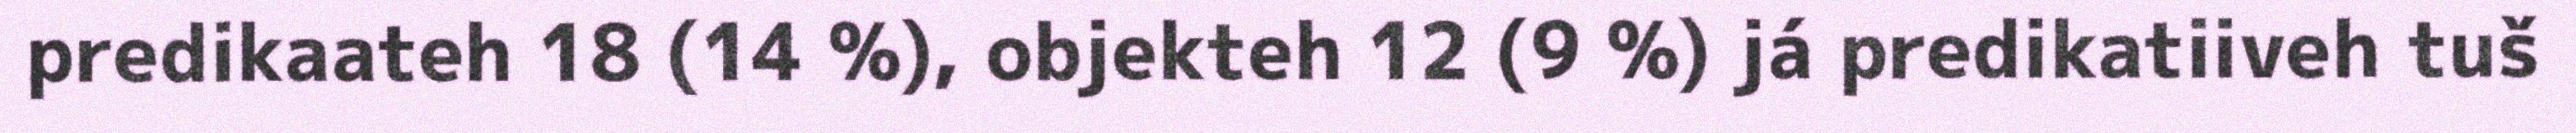
predikaateh 18 (14 %), objekteh 12 (9 %) já predikatiiveh tuš